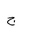
Letter: _gim